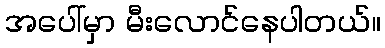
အပေါ်မှာ မီးလောင်နေပါတယ်။